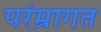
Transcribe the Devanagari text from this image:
परंम्रागत